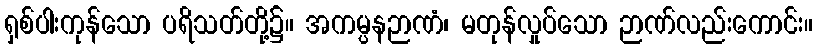
ရှစ်ပါးကုန်သော ပရိသတ်တို့၌။ အကမ္ပနဉာဏံ၊ မတုန်လှုပ်သော ဉာဏ်လည်းကောင်း။